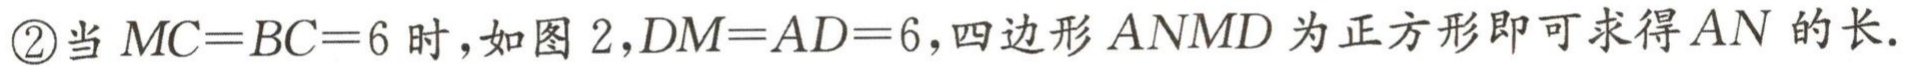
\textcircled{2}当 \(MC = BC = 6\) 时，如图 2，\(DM = AD = 6\)，四边形 \(ANMD\) 为正方形即可求得 \(AN\) 的长.